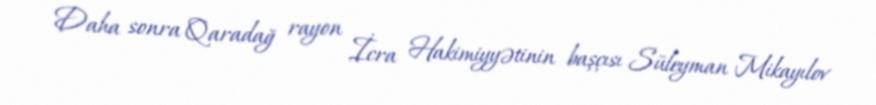
Daha sonra Qaradağ rayon İcra Hakimiyyətinin başçısı Süleyman Mikayılov